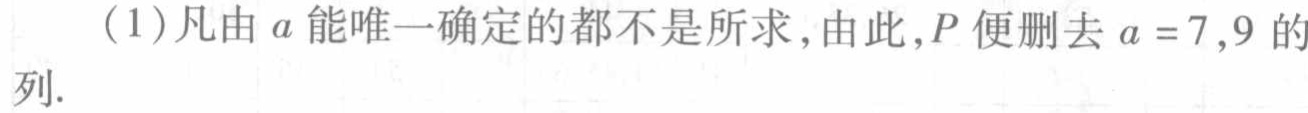
(1)凡由\(a\)能唯一确定的都不是所求,由此,\(P\)便删去\(a = 7,9\)的列.